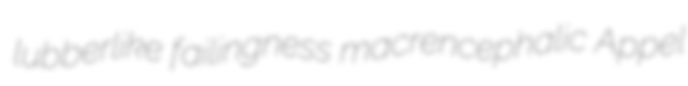
lubberlike failingness macrencephalic Appel